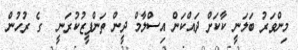
މިންވަރު ބަލަނީ ކާކަށް ދައްކަން އިސްލާމް ދީން ތަންފީޒުކުރަނީ  ގެ ރުހުން